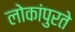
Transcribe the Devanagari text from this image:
लोकांपुरते